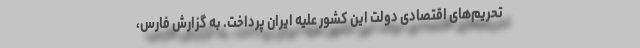
تحریم‌های اقتصادی دولت این کشور علیه ایران پرداخت. به گزارش فارس،